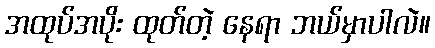
အထုပ်အပိုး ထုတ်တဲ့ နေရာ ဘယ်မှာပါလဲ။